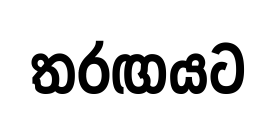
තරඟයට